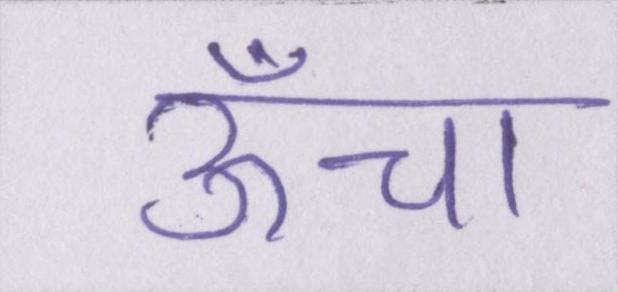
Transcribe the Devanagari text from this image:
ऊँचा